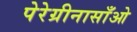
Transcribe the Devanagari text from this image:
पेरेग्रीनासाँओ